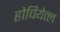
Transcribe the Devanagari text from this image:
होचियेत्ल